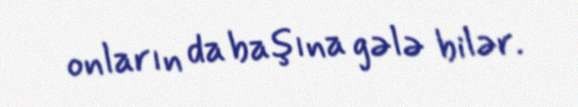
onların da başına gələ bilər.